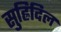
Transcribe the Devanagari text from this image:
सुह्रिदिल